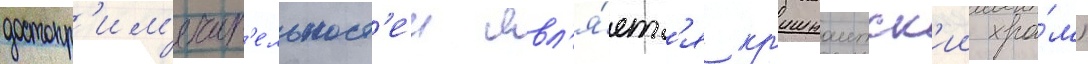
достопр'им'ечат'ельност'еи явл'я́етс'я кр'ишнаитск'ии хра́м)